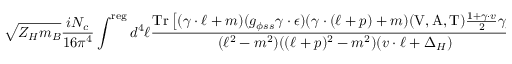
\sqrt { Z _ { H } m _ { B } } \frac { i N _ { c } } { 1 6 \pi ^ { 4 } } \int ^ { \mathrm { r e g } } d ^ { 4 } \ell \frac { \mathrm { T r } \left[ ( \gamma \cdot \ell + m ) ( g _ { \phi s s } \gamma \cdot \epsilon ) ( \gamma \cdot ( \ell + p ) + m ) ( \mathrm { V , A , T } ) \frac { 1 + \gamma \cdot v } { 2 } \gamma _ { 5 } \right] } { ( \ell ^ { 2 } - m ^ { 2 } ) ( ( \ell + p ) ^ { 2 } - m ^ { 2 } ) ( v \cdot \ell + \Delta _ { H } ) } ,